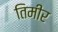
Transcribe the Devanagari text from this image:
तिमीर